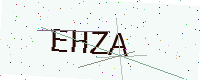
Text: EHZA